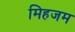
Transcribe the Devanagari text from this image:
मिहजम